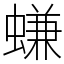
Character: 螊